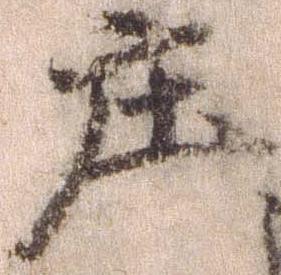
庄